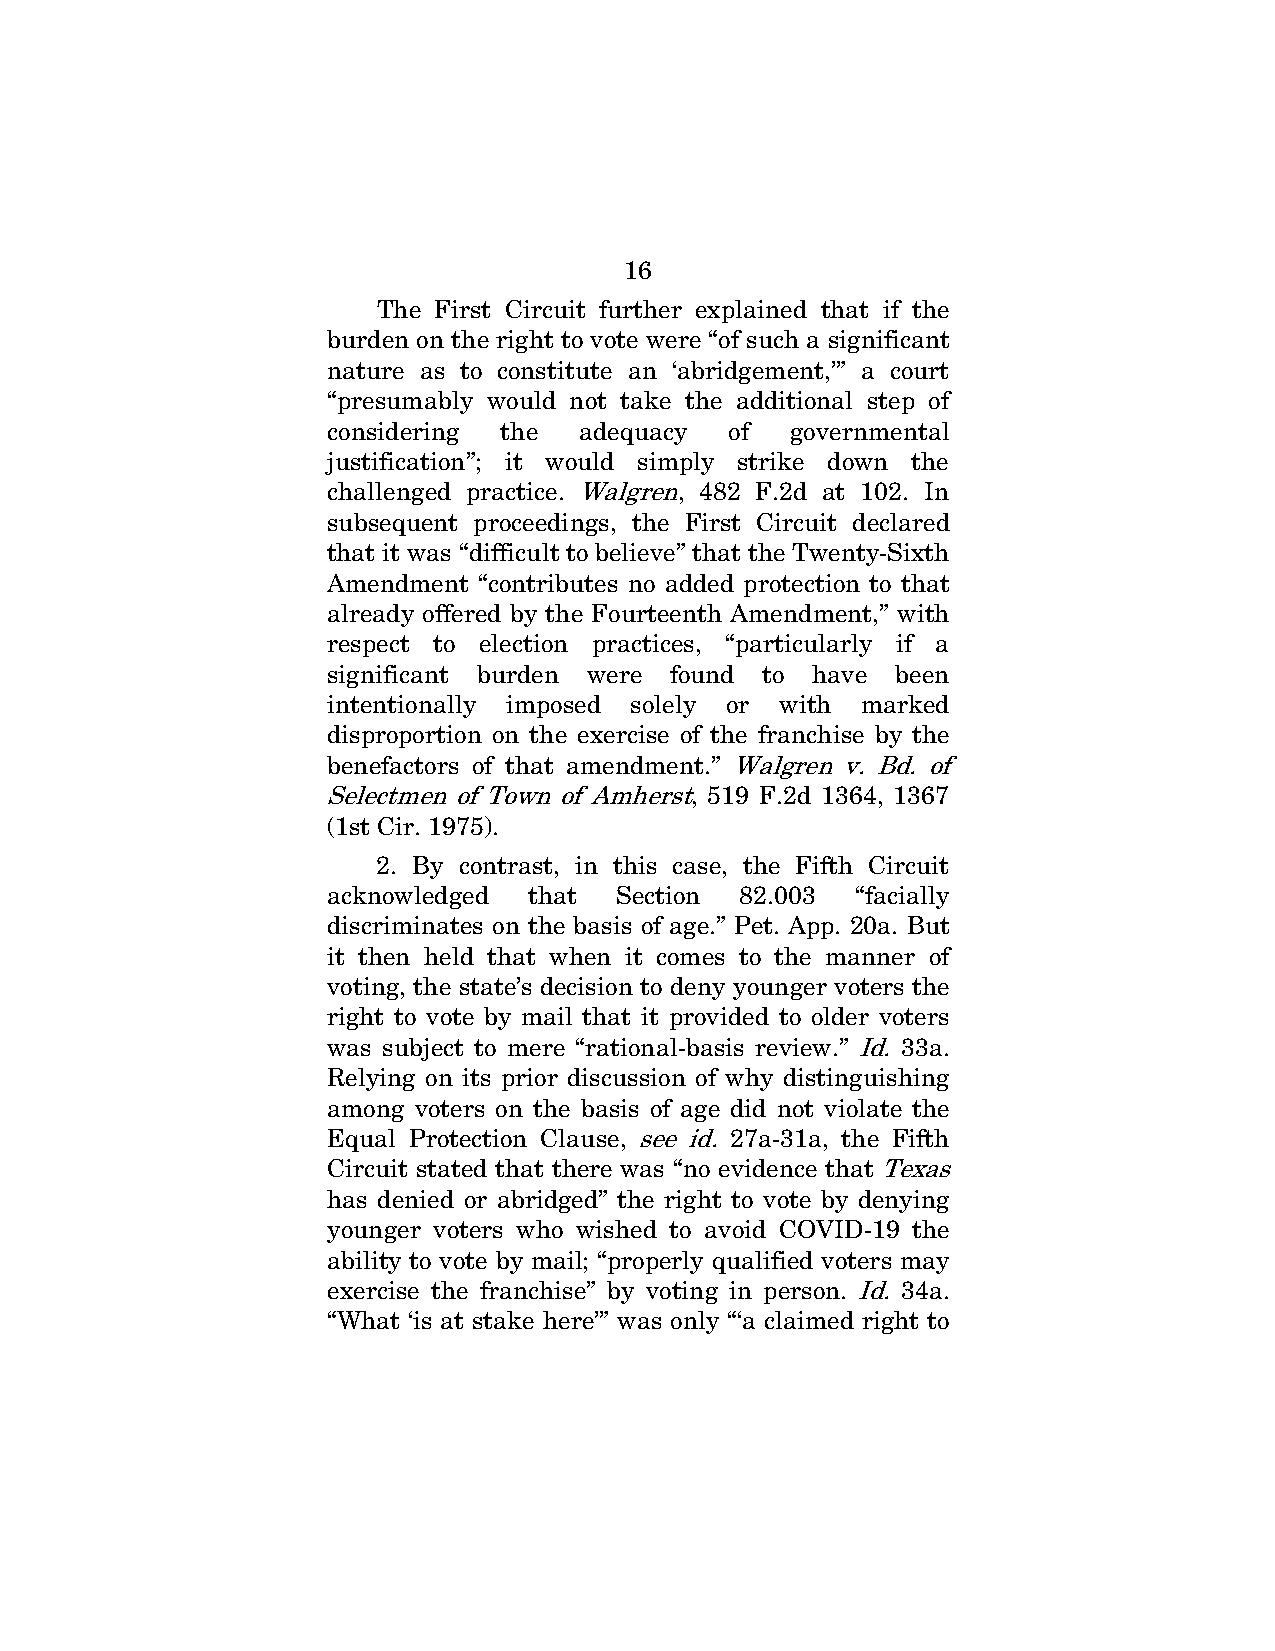
16
 The First Circuit further explained that if the
 burden on the right to vote were “of such a significant
 nature as to constitute an ‘abridgement,’” a court
 “presumably would not take the additional step of
 considering the adequacy  of  governmental
 justification”; it would simply strike down the
 challenged practice. Walgren, 482 F.2d at 102. In
 subsequent proceedings, the First Circuit declared
 that it was “difficult to believe” that the Twenty-Sixth
 Amendment “contributes no added protection to that
 already offered by the Fourteenth Amendment,” with
 respect to election practices, “particularly if a
 significant burden were found to have been
 intentionally imposed solely or with marked
 disproportion on the exercise of the franchise by the
 benefactors of that amendment.” Walgren v. Bd. of
 Selectmen of Town of Amherst, 519 F.2d 1364, 1367
 (1st Cir. 1975).
 2. By contrast, in this case, the Fifth Circuit
 acknowledged that  Section 82.003  “facially
 discriminates on the basis of age.” Pet. App. 20a. But
 it then held that when it comes to the manner of
 voting, the state’s decision to deny younger voters the
 right to vote by mail that it provided to older voters
 was subject to mere “rational-basis review.” Id. 33a.
 Relying on its prior discussion of why distinguishing
 among voters on the basis of age did not violate the
 Equal Protection Clause, see id. 27a-31a, the Fifth
 Circuit stated that there was “no evidence that Texas
 has denied or abridged” the right to vote by denying
 younger voters who wished to avoid COVID-19 the
 ability to vote by mail; “properly qualified voters may
 exercise the franchise” by voting in person. Id. 34a.
 “What ‘is at stake here’” was only “‘a claimed right to